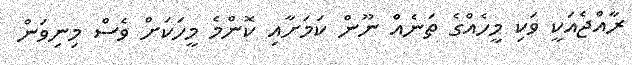
ރާއްޖެއަކީ ވަކި މީހެއްގެ ތަނެއް ނޫން ކަމަށާއި ކޮންމެ މީހަކަށް ވެސް މިނިވަން